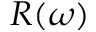
R ( \omega )